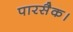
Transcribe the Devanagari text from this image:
पारसैक।